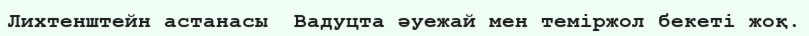
Лихтенштейн астанасы  Вадуцта әуежай мен теміржол бекеті жоқ.